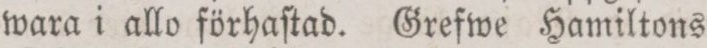
wara i allo förhaſtad. Grefwe Hamiltons